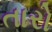
તારો